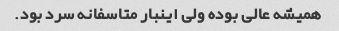
همیشه عالی بوده ولی اینبار متاسفانه سرد بود.